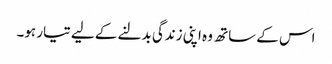
اس کے ساتھ وہ اپنی زندگی بدلنے کے لیے تیار ہو۔